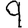
Digit: 9